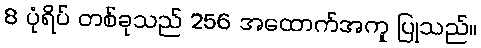
8 ပုံရိပ် တစ်ခုသည် 256 အထောက်အကူ ပြုသည်။